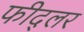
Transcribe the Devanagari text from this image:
फीद्लर